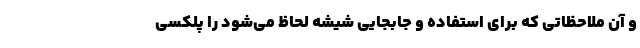
و آن ملاحظاتی که برای استفاده و جابجایی شیشه لحاظ می‌شود را پلکسی